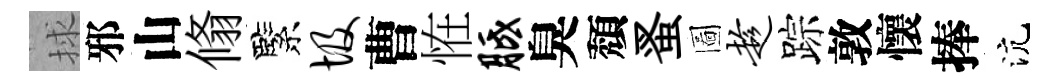
捄邪山翛緊圾曹恠胝臭頽蚤圖趁踪敦懷捧沆